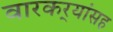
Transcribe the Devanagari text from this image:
वारकर्‍यांसह